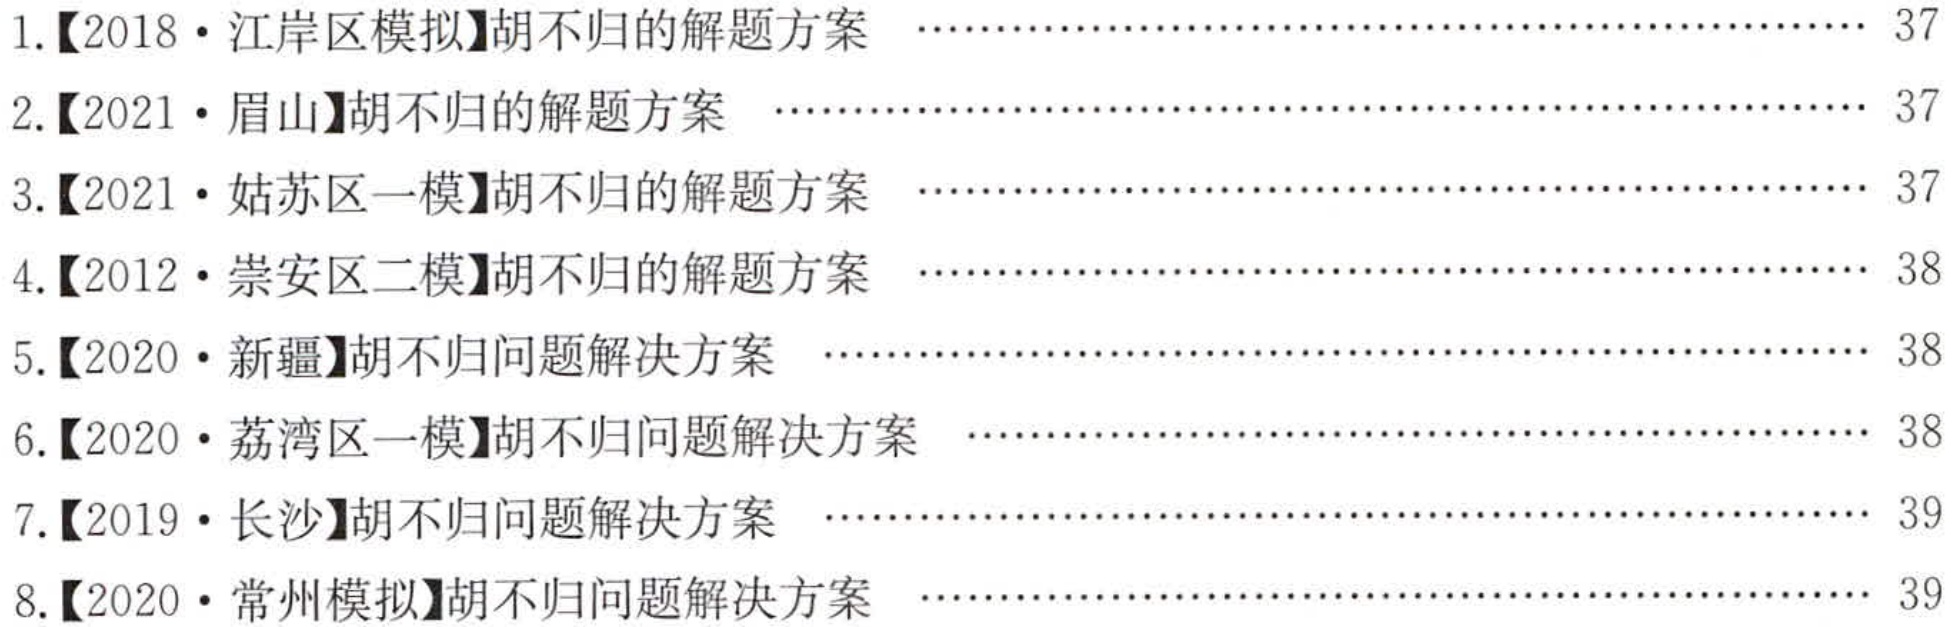
1.【2018·江岸区模拟】胡不归的解题方案 \hfill 37
2.【2021·眉山】胡不归的解题方案 \hfill 37
3.【2021·姑苏区一模】胡不归的解题方案 \hfill 37
4.【2012·崇安区二模】胡不归的解题方案 \hfill 38
5.【2020·新疆】胡不归问题解决方案 \hfill 38
6.【2020·荔湾区一模】胡不归问题解决方案 \hfill 38
7.【2019·长沙】胡不归问题解决方案 \hfill 39
8.【2020·常州模拟】胡不归问题解决方案 \hfill 39